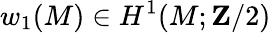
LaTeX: w_{1}(M)\in H^{1}(M;\mathbf{Z}/2)